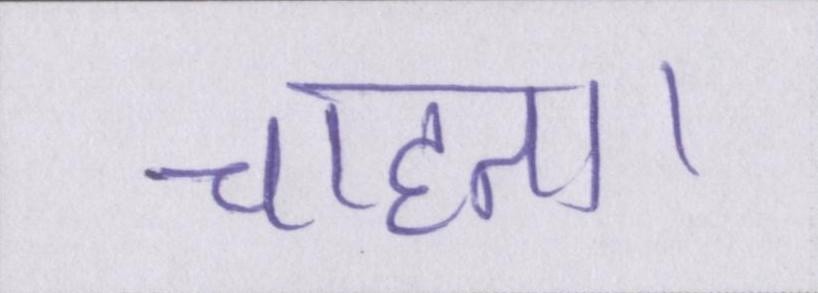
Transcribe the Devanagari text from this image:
चाहता।